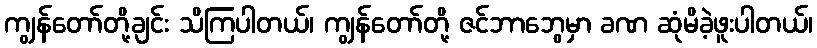
ကျွန်တော်တို့ချင်း သိကြပါတယ်၊ ကျွန်တော်တို့ ဇင်ဘာဘွေမှာ ခဏ ဆုံမိခဲ့ဖူးပါတယ်၊